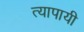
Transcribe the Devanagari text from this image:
त्यापायी